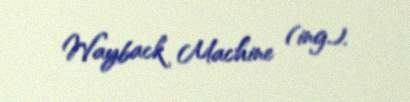
Wayback Machine (ing.).